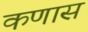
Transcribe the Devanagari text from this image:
कणास